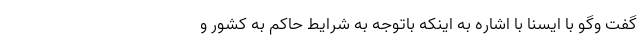
گفت وگو با ایسنا با اشاره به اینکه باتوجه به شرایط حاکم به کشور و